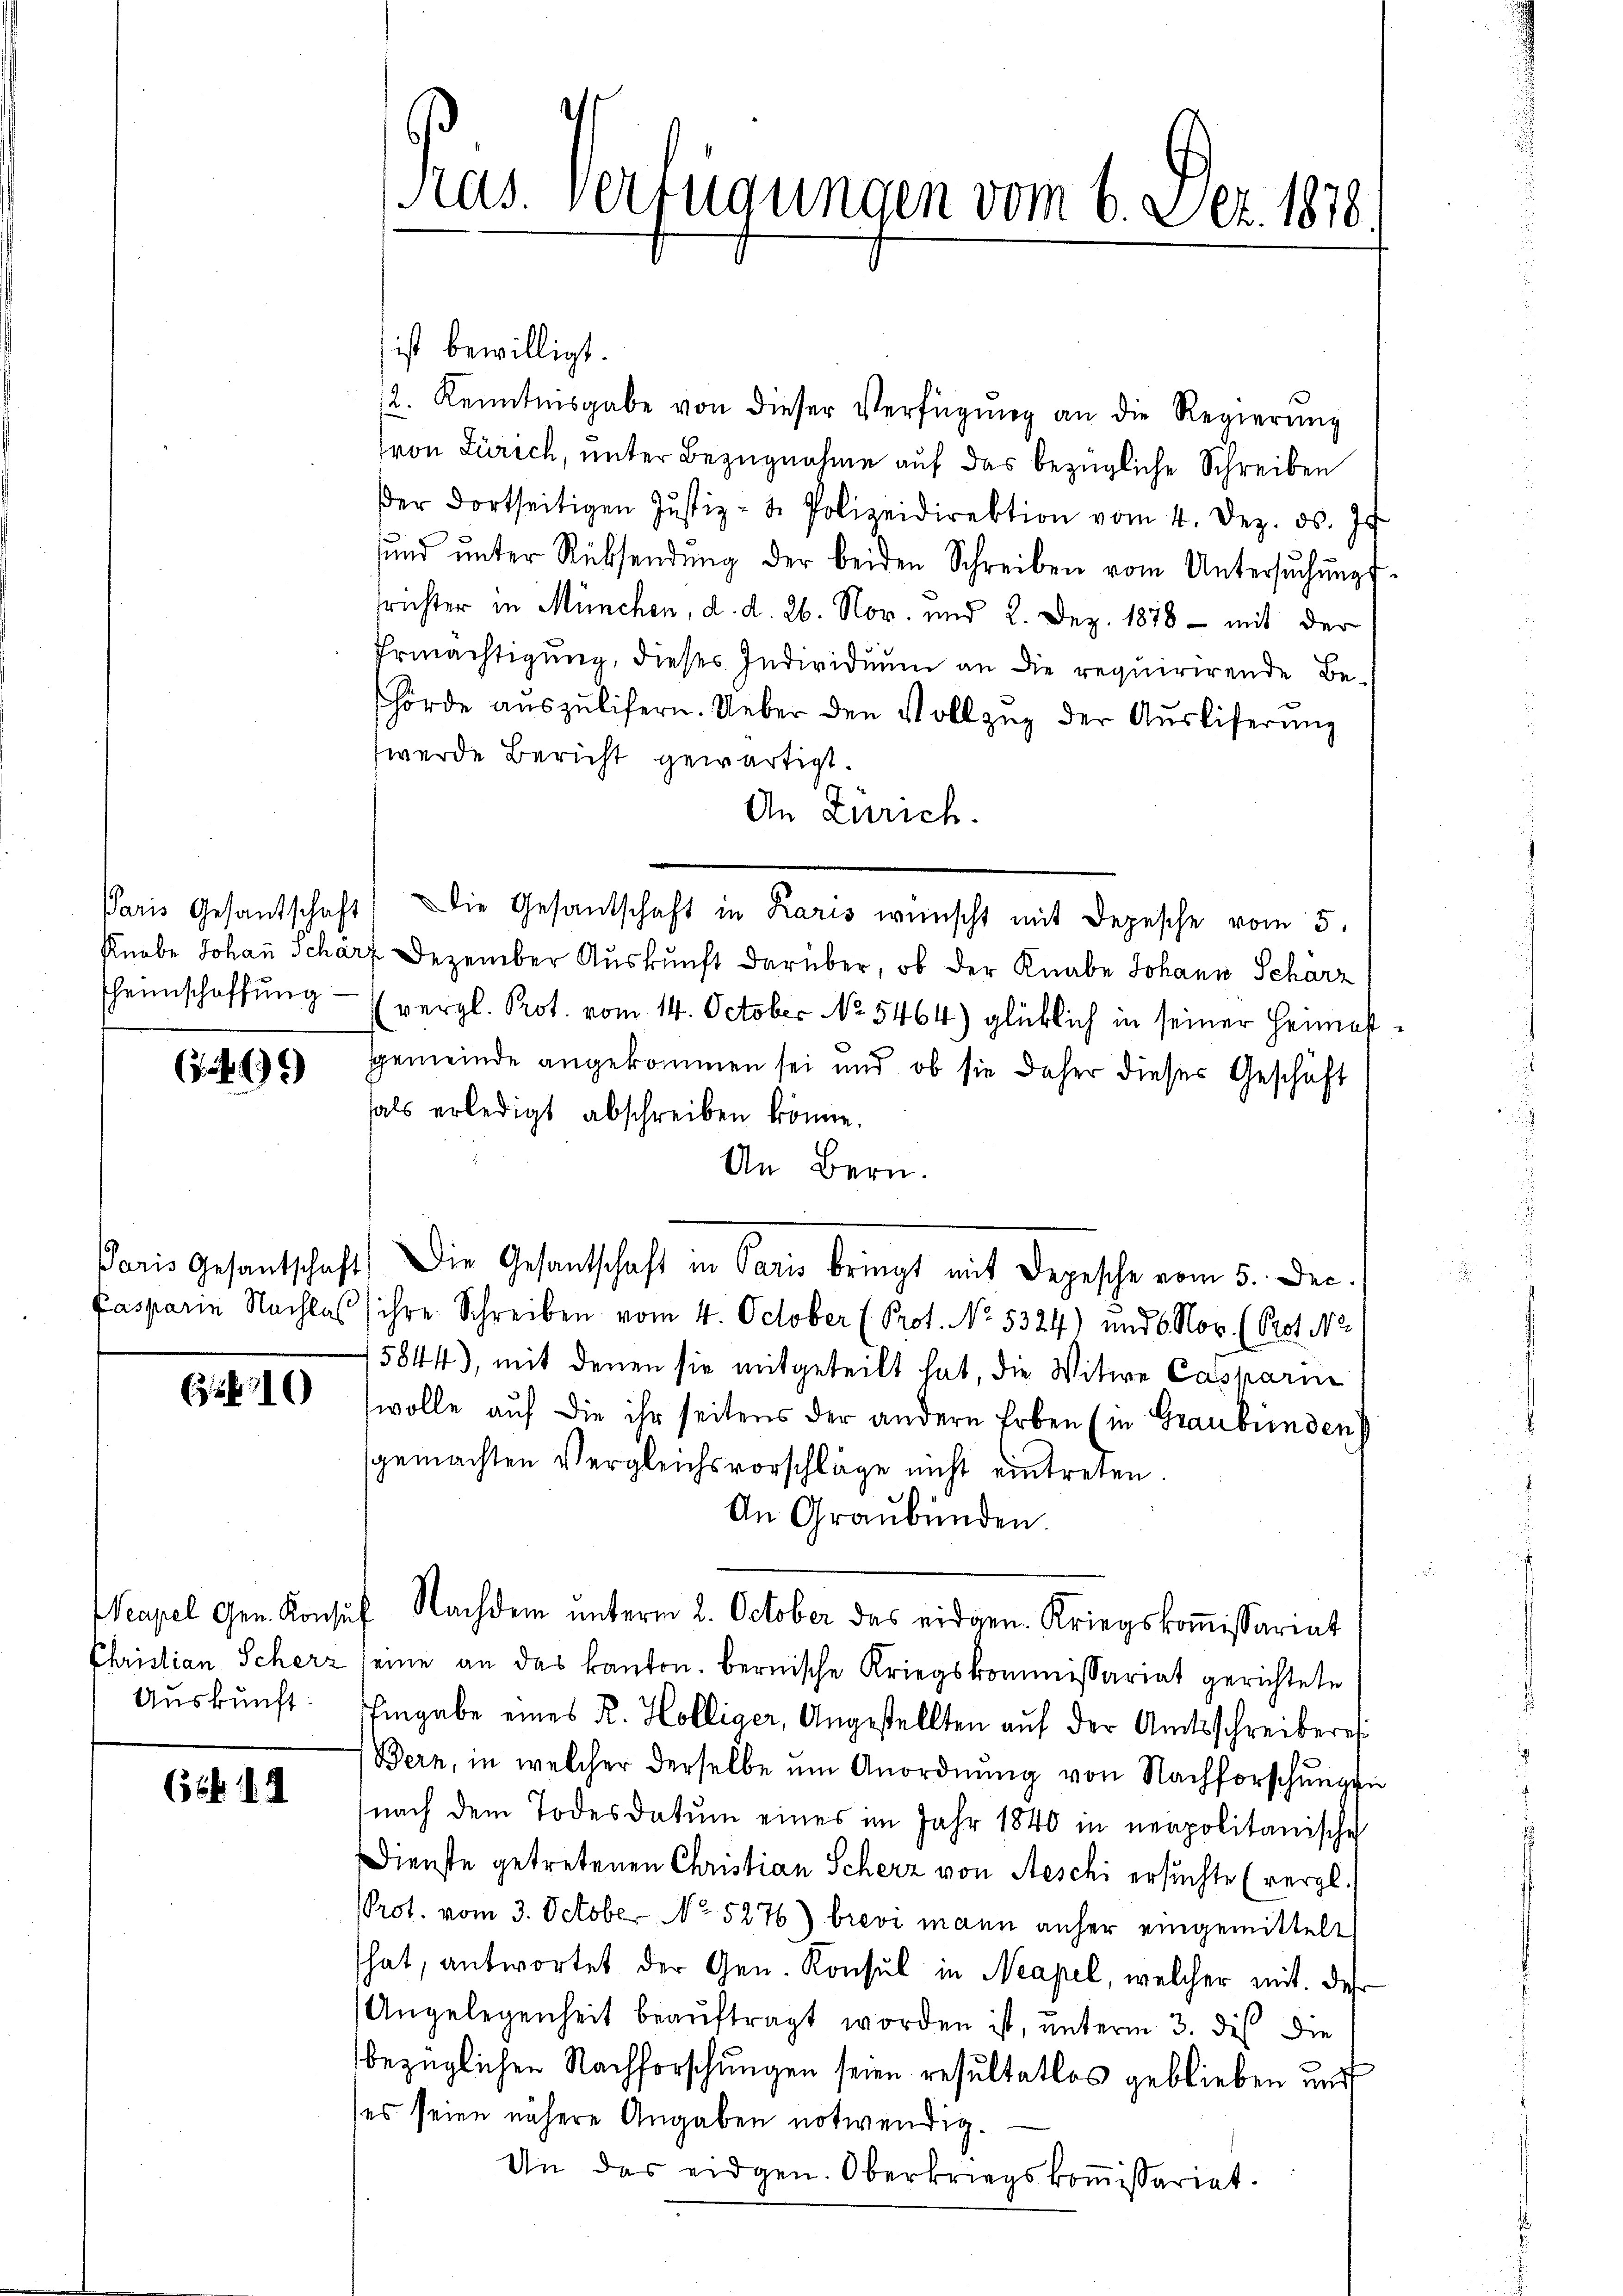
heimschaffung

4)

1)

Christian Scherz
Auskunft:

649

ist bewilligt.
12. Kenntnisgabe von dieser Verfügung an die Regierung
(von Zürich, unter Bezugnahme auf das bezügliche Schreiben
der dortseitigen Justiz- u. Polizeidirektion vom 4. Dez. ds. J
ŭnd ŭnter Rücksendŭng der beiden Schreiben vom Untersŭchŭngs-
srichter in München, d. d. 26. Nov. und 2. Dez. 1878 - mit der
Ermächtigung, dieses Individuum an die requirirende Behörde aŭszŭlifern. Ueber den Vollzug der Ausliferung
werde Bericht gewärtigt.
An Zürich.
Paris Gesandschaft die Gesandschaft in Karis wünscht mit Depesche vom 5.
Knabe Johann Schärf Dezember Auskunft darüber, ob der Knabe Johann Scharz
vergl. Prot. vom 14. October No. 5464) glücklich in seiner Heimast
Gemeinde angekommen sei und ob sie daher dieser Geschäft
als erledigt abschreiben könne.
An Bern.
Paris Gesantschaft. Die Gesantschaft in Paris bringt mit Depesche vom 5. Dec.
Pasparie Nachlas ihre Schreiben vom 4. October (Prot. No. 5324) und 6 Nov. (Prot. No
5844), mit denen sie mitgeteilt hat, die Witwe Caspari
wolle auf die ihr seitens der andern Erben (in Graubünden
sgemachten Vergleichsvorschläge nicht eintreten.
An Graubünden.
Neapel Gen. Konsŭf Nachdem ŭnterm 2. October das eidgen. Kriegskoṁissariat
eine an das kanton. bernische Kriegskommissariat gerichtete
Eingabe eines R. Hölliger, Angestellten aŭf der Amtsschreiberes
Bern, in welcher derselbe um Anordnung von Nachforschungen
(nach dem Todesdatŭm eines im Jahr 1840 in neapolitanische
Dienste getretenen Christian Scherz von Aeschi ersuchte (vergl.
PProt. vom 3. October No 5276) brevi mann anher eingemittelt
hat, antwortet der Gen. Konsul in Neapel, welcher mit des
Angelegenheit beaŭftragt worden ist, unterm 3. dis die
bezüglichen Nachforschungen seien resultatlos geblieben und
ses seien nähere Angaben notwendig.
An das eidgen. Oberkriegskoṁissariat.

ds. Verfügungen vom 6. Dez. 1878.